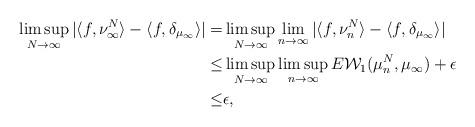
LaTeX: \begin{align*}\limsup_{N \to \infty} |\langle f,\nu_{\infty}^{N} \rangle - \langle f,\delta_{\mu_{\infty}} \rangle|= & \limsup_{N \to \infty} \lim_{n \to \infty}|\langle f,\nu_{n}^{N} \rangle - \langle f,\delta_{\mu_{\infty}} \rangle| \\\le & \limsup_{N \to \infty} \limsup_{n \to \infty} E \mathcal{W}_{1}(\mu_{n}^{N},\mu_{\infty}) + \epsilon\\\le & \epsilon,\end{align*}